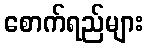
စောက်ရည်များ